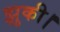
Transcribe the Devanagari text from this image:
झुकी।